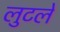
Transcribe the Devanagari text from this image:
लुटलें